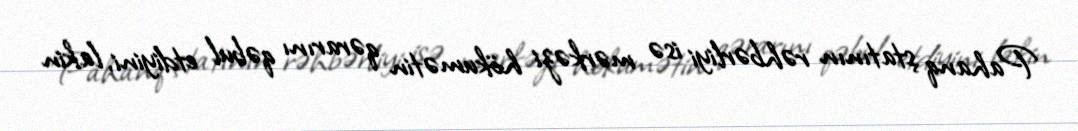
Pahanq ştatının rəhbərliyi isə mərkəzi hökumətin qərarını qəbul etdiyini, lakin